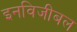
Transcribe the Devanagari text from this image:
इनविजीबल